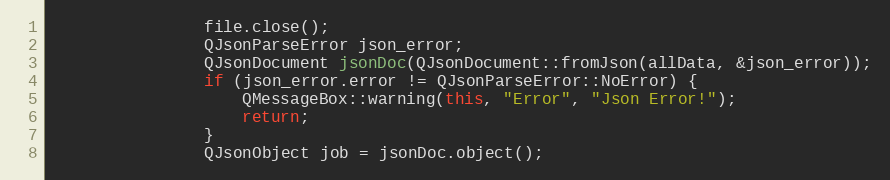
Language: C++
                file.close();
                QJsonParseError json_error;
                QJsonDocument jsonDoc(QJsonDocument::fromJson(allData, &json_error));
                if (json_error.error != QJsonParseError::NoError) {
                    QMessageBox::warning(this, "Error", "Json Error!");
                    return;
                }
                QJsonObject job = jsonDoc.object();